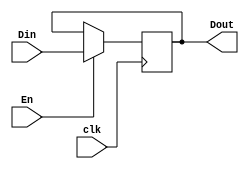
`timescale 1ns / 1ps
//////////////////////////////////////////////////////////////////////////////////
// Company: 
// Engineer: 
// 
// Design Name: 
// Module Name:    DFF 
// Project Name: 
// Target Devices: 
// Tool versions: 
// Description: 
//
// Dependencies: 
//
// Revision: 
// Revision 0.01 - File Created
// Additional Comments: 
//
//////////////////////////////////////////////////////////////////////////////////
module DFF(En, Din, clk, Dout);
	input En, clk;
	input [0:3] Din;
	output reg [0:3] Dout;
	
	always @(posedge clk)
		if (En)
			Dout <= Din;
endmodule